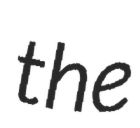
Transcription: the